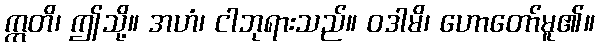
ဣတိ၊ ဤသို့။ အဟံ၊ ငါဘုရားသည်။ ဝဒါမိ၊ ဟောတော်မူ၏။